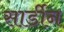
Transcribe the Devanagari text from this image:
सार्डीन